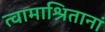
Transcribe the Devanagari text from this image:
त्वामाश्रितानां